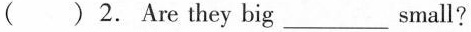
( ) 2. Are they big_ small?